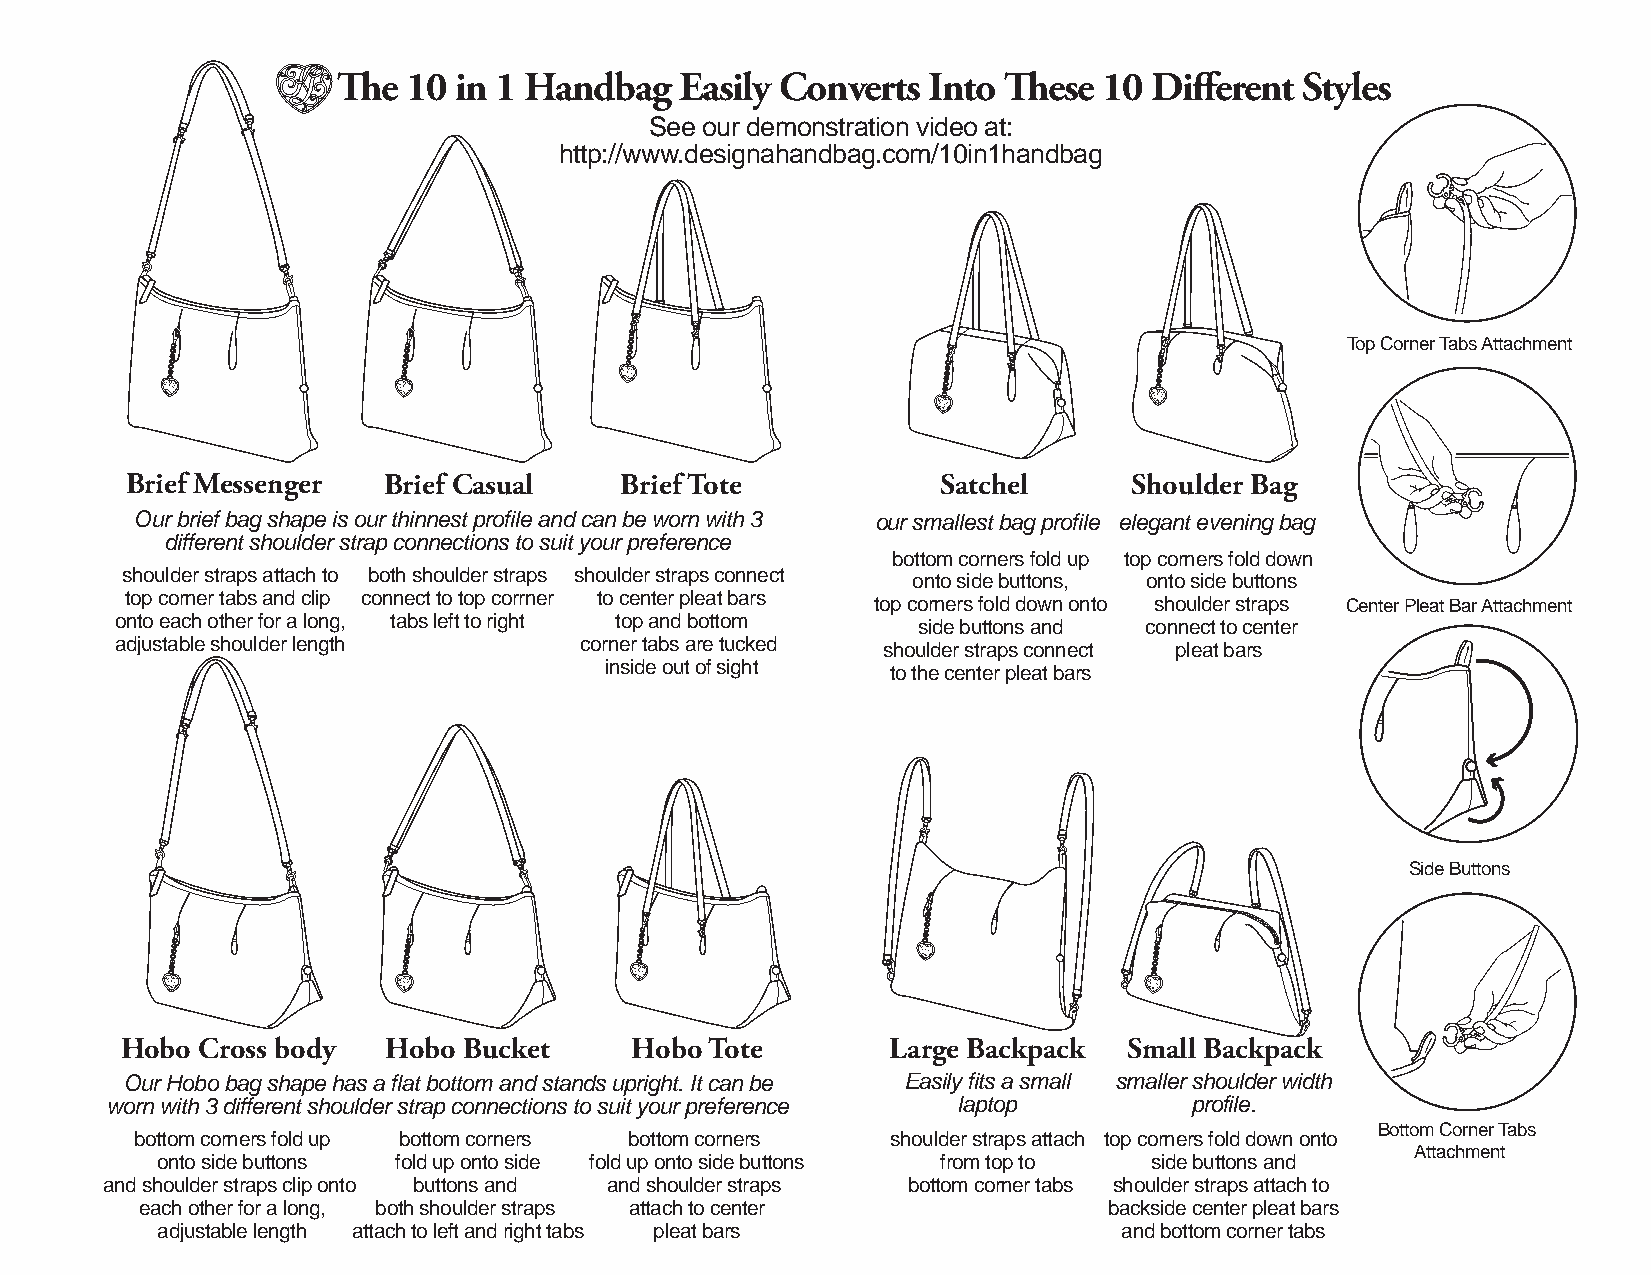
The  10 in 1 Handbag   Easily Converts Into These  10 Different Styles
 See our demonstration video at:
 http://www.designahandbag.com/10in1handbag
 Top Corner Tabs Attachment
 Brief Messenger  Brief Casual    Brief Tote           Satchel      Shoulder Bag
 Our brief bag shape is our thinnest profile and can be worn with 3 our smallest bag profile elegant evening bag
 different shoulder strap connections to suit your preference
 bottom corners fold up top corners fold down
 shoulder straps attach to both shoulder straps shoulder straps connect onto side buttons, onto side buttons
 top corner tabs and clip connect to top corrner to center pleat bars top corners fold down onto shoulder straps Center Pleat Bar Attachment
 onto each other for a long, tabs left to right top and bottom side buttons and connect to center
 adjustable shoulder length    corner tabs are tucked shoulder straps connect pleat bars
 inside out of sight to the center pleat bars
 Side Buttons
 Hobo Cross body   Hobo Bucket     Hobo Tote        Large Backpack  Small Backpack
 Our Hobo bag shape has a flat bottom and stands upright. It can be Easil y fits a s mall smaller shoulder width
 worn with 3 different shoulder strap connections to suit your preference laptop profile.
 Bottom Corner Tabs
 bottom corners fold up bottom corners bottom corners shoulder straps attach top corners fold down onto
 Attachment
 onto side buttons fold up onto side fold up onto side buttons from top to side buttons and
 and shoulder straps clip onto buttons and and shoulder straps bottom corner tabs shoulder straps attach to
 each other for a long, both shoulder straps attach to center    backside center pleat bars
 adjustable length attach to left and right tabs pleat bars      and bottom corner tabs